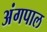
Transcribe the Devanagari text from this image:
अंगपाल